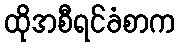
ထိုအစီရင်ခံစာက